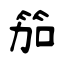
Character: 笳